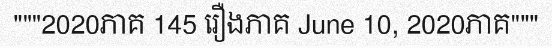
"""2020ភាគ 145 រឿងភាគ June 10, 2020ភាគ"""